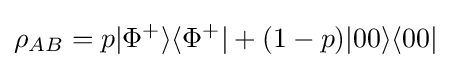
\rho _{AB}=p|\Phi ^{+}\rangle \langle \Phi ^{+}|+(1-p)|00\rangle \langle 00|